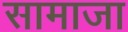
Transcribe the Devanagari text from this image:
सामाजा